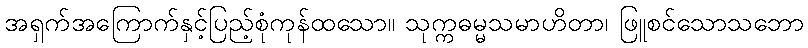
အရှက်အကြောက်နှင့်ပြည့်စုံကုန်ထသော။ သုက္ကဓမ္မသမာဟိတာ၊ ဖြူစင်သောသဘော